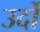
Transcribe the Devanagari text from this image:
उर्दो